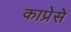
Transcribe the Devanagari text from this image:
काप्रेसे